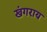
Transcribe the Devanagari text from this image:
खंगराय